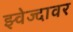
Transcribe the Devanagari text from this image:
झ्वेज्दावर